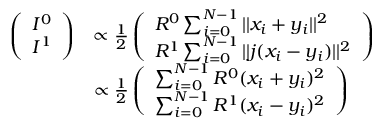
\begin{array} { r l } { \left( \begin{array} { l } { I ^ { 0 } } \\ { I ^ { 1 } } \end{array} \right) } & { \propto \frac { 1 } { 2 } \left( \begin{array} { l } { R ^ { 0 } \sum _ { i = 0 } ^ { N - 1 } | | x _ { i } + y _ { i } | | ^ { 2 } } \\ { R ^ { 1 } \sum _ { i = 0 } ^ { N - 1 } | | j ( x _ { i } - y _ { i } ) | | ^ { 2 } } \end{array} \right) } \\ & { \propto \frac { 1 } { 2 } \left( \begin{array} { l } { \sum _ { i = 0 } ^ { N - 1 } R ^ { 0 } ( x _ { i } + y _ { i } ) ^ { 2 } } \\ { \sum _ { i = 0 } ^ { N - 1 } R ^ { 1 } ( x _ { i } - y _ { i } ) ^ { 2 } } \end{array} \right) } \end{array}